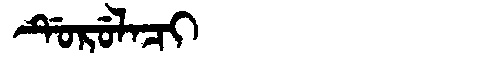
Manchu: ᡩᡠᡵᡠᠯᠠᠴᡳ
Romanization: DURULACI